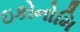
ઇકોનોમિ